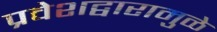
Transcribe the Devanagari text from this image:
प्रवेशद्वारामुळे